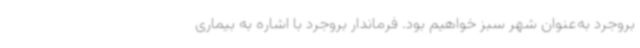
بروجرد به‌عنوان شهر سبز خواهیم بود. فرماندار بروجرد با اشاره به بیماری